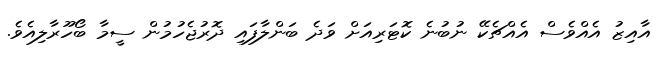
އާއިޒު އެއްވެސް އެއްޗެކޭ ނުބުނެ ކޮޓަރިއަށް ވަދެ ބަންލާފައި ދޮރުޖެހުމުން ސީމާ ބޯހޫރާލިއެވެ.